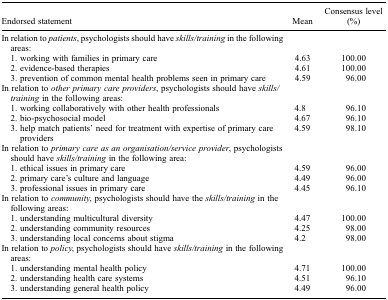
<table><thead><tr><td><b>Endorsed statement</b></td><td><b>Mean</b></td><td><b>Consensus level (%)</b></td></tr></thead><tbody><tr><td>In relation to <i>patients</i>, psychologists should have <i>skills/training</i> in the following areas:</td><td> </td><td> </td></tr><tr><td> 1. working with families in primary care</td><td>4.63</td><td>100.00</td></tr><tr><td> 2. evidence-based therapies</td><td>4.61</td><td>100.00</td></tr><tr><td> 3. prevention of common mental health problems seen in primary care</td><td>4.59</td><td>96.00</td></tr><tr><td>In relation to <i>other primary care providers</i>, psychologists should have <i>skills/training</i> in the following areas:</td><td> </td><td> </td></tr><tr><td> 1. working collaboratively with other health professionals</td><td>4.8</td><td>96.10</td></tr><tr><td> 2. bio-psychosocial model</td><td>4.67</td><td>96.10</td></tr><tr><td> 3. help match patients’ need for treatment with expertise of primary care providers</td><td>4.59</td><td>98.10</td></tr><tr><td>In relation to <i>primary care as an organisation/service provider</i>, psychologists should have <i>skills/training</i> in the following area:</td><td> </td><td> </td></tr><tr><td> 1. ethical issues in primary care</td><td>4.59</td><td>96.00</td></tr><tr><td> 2. primary care&#x27;s culture and language</td><td>4.49</td><td>96.00</td></tr><tr><td> 3. professional issues in primary care</td><td>4.45</td><td>96.10</td></tr><tr><td>In relation to <i>community</i>, psychologists should have the <i>skills/training</i> in the following areas:</td><td> </td><td> </td></tr><tr><td> 1. understanding multicultural diversity</td><td>4.47</td><td>100.00</td></tr><tr><td> 2. understanding community resources</td><td>4.25</td><td>98.00</td></tr><tr><td> 3. understanding local concerns about stigma</td><td>4.2</td><td>98.00</td></tr><tr><td>In relation to <i>policy</i>, psychologists should have <i>skills/training</i> in the following areas:</td><td> </td><td> </td></tr><tr><td> 1. understanding mental health policy</td><td>4.71</td><td>100.00</td></tr><tr><td> 2. understanding health care systems</td><td>4.51</td><td>96.10</td></tr><tr><td> 3. understanding general health policy</td><td>4.49</td><td>96.00</td></tr></tbody></table>